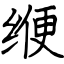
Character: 缏